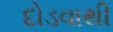
દોડવાથી